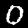
Label: 0